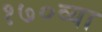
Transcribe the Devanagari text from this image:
१७०व्या